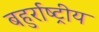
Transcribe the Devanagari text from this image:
बहुर्राष्ट्रीय